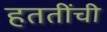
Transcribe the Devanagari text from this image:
हततींची